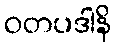
ဝတပဒါနိ